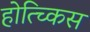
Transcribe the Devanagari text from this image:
होत्च्किस